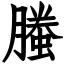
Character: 螣